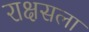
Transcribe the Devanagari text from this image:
राक्षसला